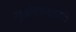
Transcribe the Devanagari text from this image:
गुअंटानामो